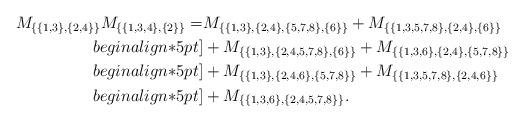
LaTeX: \begin{align*}M_{\{\{1,3\},\{2,4\}\}} M_{\{\{1,3,4\},\{2\}\}}=&M_{\{\{1,3\},\{2,4\},\{5,7,8\},\{6\}\}}+M_{\{\{1,3,5,7,8\},\{2,4\},\{6\}\}}\\begin{align*}5pt]&+M_{\{\{1,3\},\{2,4,5,7,8\},\{6\}\}}+M_{\{\{1,3,6\},\{2,4\},\{5,7,8\}\}}\\begin{align*}5pt]&+M_{\{\{1,3\},\{2,4,6\},\{5,7,8\}\}}+M_{\{\{1,3,5,7,8\},\{2,4,6\}\}}\\begin{align*}5pt]&+M_{\{\{1,3,6\},\{2,4,5,7,8\}\}}.\end{align*}